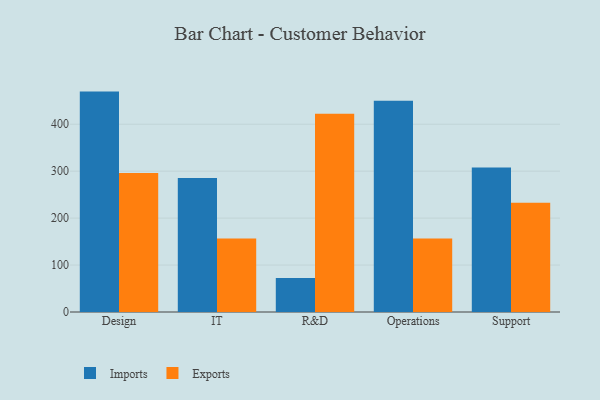
{"axis": {"x": "Department", "y": "Page Views"}, "legend": ["Exports", "Imports"], "data": [{"x": "Design", "y": 469.5, "type": "Imports"}, {"x": "Design", "y": 296.3, "type": "Exports"}, {"x": "IT", "y": 285.5, "type": "Imports"}, {"x": "IT", "y": 156.5, "type": "Exports"}, {"x": "R&D", "y": 72.4, "type": "Imports"}, {"x": "R&D", "y": 422.3, "type": "Exports"}, {"x": "Operations", "y": 450.2, "type": "Imports"}, {"x": "Operations", "y": 156.6, "type": "Exports"}, {"x": "Support", "y": 307.9, "type": "Imports"}, {"x": "Support", "y": 232.9, "type": "Exports"}]}